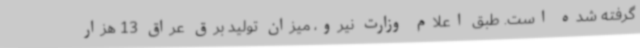
گرفته شده است. طبق اعلام وزارت نیرو، میزان تولید برق عراق 13 هزار